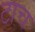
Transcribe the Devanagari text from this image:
टाच